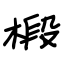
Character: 椴